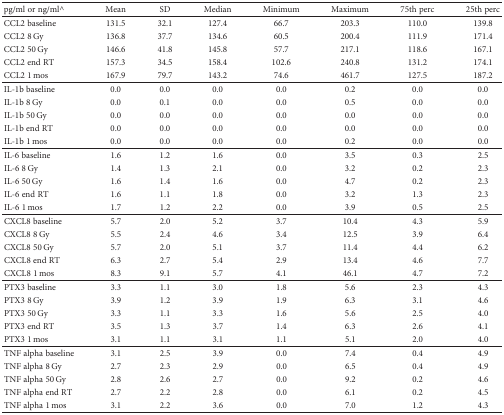
<table><thead><tr><td><b>pg/ml or ng/ml^</b></td><td><b>Mean</b></td><td><b>SD</b></td><td><b>Median</b></td><td><b>Minimum</b></td><td><b>Maximum</b></td><td><b>75th perc</b></td><td><b>25th perc</b></td></tr></thead><tbody><tr><td>CCL2 baseline</td><td>131.5</td><td>32.1</td><td>127.4</td><td>66.7</td><td>203.3</td><td>110.0</td><td>139.8</td></tr><tr><td>CCL2 8 Gy</td><td>136.8</td><td>37.7</td><td>134.6</td><td>60.5</td><td>200.4</td><td>111.9</td><td>171.4</td></tr><tr><td>CCL2 50 Gy</td><td>146.6</td><td>41.8</td><td>145.8</td><td>57.7</td><td>217.1</td><td>118.6</td><td>167.1</td></tr><tr><td>CCL2 end RT</td><td>157.3</td><td>34.5</td><td>158.4</td><td>102.6</td><td>240.8</td><td>131.2</td><td>174.1</td></tr><tr><td>CCL2 1 mos</td><td>167.9</td><td>79.7</td><td>143.2</td><td>74.6</td><td>461.7</td><td>127.5</td><td>187.2</td></tr><tr><td>IL-1b baseline</td><td>0.0</td><td>0.0</td><td>0.0</td><td>0.0</td><td>0.2</td><td>0.0</td><td>0.0</td></tr><tr><td>IL-1b 8 Gy</td><td>0.0</td><td>0.1</td><td>0.0</td><td>0.0</td><td>0.5</td><td>0.0</td><td>0.0</td></tr><tr><td>IL-1b 50 Gy</td><td>0.0</td><td>0.0</td><td>0.0</td><td>0.0</td><td>0.0</td><td>0.0</td><td>0.0</td></tr><tr><td>IL-1b end RT</td><td>0.0</td><td>0.0</td><td>0.0</td><td>0.0</td><td>0.0</td><td>0.0</td><td>0.0</td></tr><tr><td>IL-1b 1 mos</td><td>0.0</td><td>0.0</td><td>0.0</td><td>0.0</td><td>0.2</td><td>0.0</td><td>0.0</td></tr><tr><td>IL-6 baseline</td><td>1.6</td><td>1.2</td><td>1.6</td><td>0.0</td><td>3.5</td><td>0.3</td><td>2.5</td></tr><tr><td>IL-6 8 Gy</td><td>1.4</td><td>1.3</td><td>2.1</td><td>0.0</td><td>3.2</td><td>0.2</td><td>2.3</td></tr><tr><td>IL-6 50 Gy</td><td>1.6</td><td>1.4</td><td>1.6</td><td>0.0</td><td>4.7</td><td>0.2</td><td>2.3</td></tr><tr><td>IL-6 end RT</td><td>1.6</td><td>1.1</td><td>1.8</td><td>0.0</td><td>3.2</td><td>1.3</td><td>2.3</td></tr><tr><td>IL-6 1 mos</td><td>1.7</td><td>1.2</td><td>2.2</td><td>0.0</td><td>3.9</td><td>0.5</td><td>2.5</td></tr><tr><td>CXCL8 baseline</td><td>5.7</td><td>2.0</td><td>5.2</td><td>3.7</td><td>10.4</td><td>4.3</td><td>5.9</td></tr><tr><td>CXCL8 8 Gy</td><td>5.5</td><td>2.4</td><td>4.6</td><td>3.4</td><td>12.5</td><td>3.9</td><td>6.4</td></tr><tr><td>CXCL8 50 Gy</td><td>5.7</td><td>2.0</td><td>5.1</td><td>3.7</td><td>11.4</td><td>4.4</td><td>6.2</td></tr><tr><td>CXCL8 end RT</td><td>6.3</td><td>2.7</td><td>5.4</td><td>2.9</td><td>13.4</td><td>4.6</td><td>7.7</td></tr><tr><td>CXCL8 1 mos</td><td>8.3</td><td>9.1</td><td>5.7</td><td>4.1</td><td>46.1</td><td>4.7</td><td>7.2</td></tr><tr><td>PTX3 baseline</td><td>3.3</td><td>1.1</td><td>3.0</td><td>1.8</td><td>5.6</td><td>2.3</td><td>4.3</td></tr><tr><td>PTX3 8 Gy</td><td>3.9</td><td>1.2</td><td>3.9</td><td>1.9</td><td>6.3</td><td>3.1</td><td>4.6</td></tr><tr><td>PTX3 50 Gy</td><td>3.3</td><td>1.1</td><td>3.3</td><td>1.6</td><td>5.6</td><td>2.5</td><td>4.0</td></tr><tr><td>PTX3 end RT</td><td>3.5</td><td>1.3</td><td>3.7</td><td>1.4</td><td>6.3</td><td>2.6</td><td>4.1</td></tr><tr><td>PTX3 1 mos</td><td>3.1</td><td>1.1</td><td>3.1</td><td>1.1</td><td>5.1</td><td>2.0</td><td>4.0</td></tr><tr><td>TNF alpha baseline</td><td>3.1</td><td>2.5</td><td>3.9</td><td>0.0</td><td>7.4</td><td>0.4</td><td>4.9</td></tr><tr><td>TNF alpha 8 Gy</td><td>2.7</td><td>2.3</td><td>2.9</td><td>0.0</td><td>6.5</td><td>0.4</td><td>4.9</td></tr><tr><td>TNF alpha 50 Gy</td><td>2.8</td><td>2.6</td><td>2.7</td><td>0.0</td><td>9.2</td><td>0.2</td><td>4.6</td></tr><tr><td>TNF alpha end RT</td><td>2.7</td><td>2.2</td><td>2.8</td><td>0.0</td><td>6.1</td><td>0.2</td><td>4.5</td></tr><tr><td>TNF alpha 1 mos</td><td>3.1</td><td>2.2</td><td>3.6</td><td>0.0</td><td>7.0</td><td>1.2</td><td>4.3</td></tr></tbody></table>